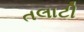
તલાટી